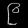
Digit: ၉